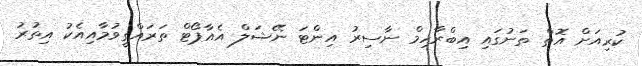
ކުރިއަށް އޮތް ތަނުގައި އިބްރާހިމް ނާސިރު އިންޓަ ނޭޝަލް އެއާޕޯޓް ތަރައްގީވުމާއިއެކު އިތުރު